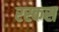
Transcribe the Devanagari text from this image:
रस्कस